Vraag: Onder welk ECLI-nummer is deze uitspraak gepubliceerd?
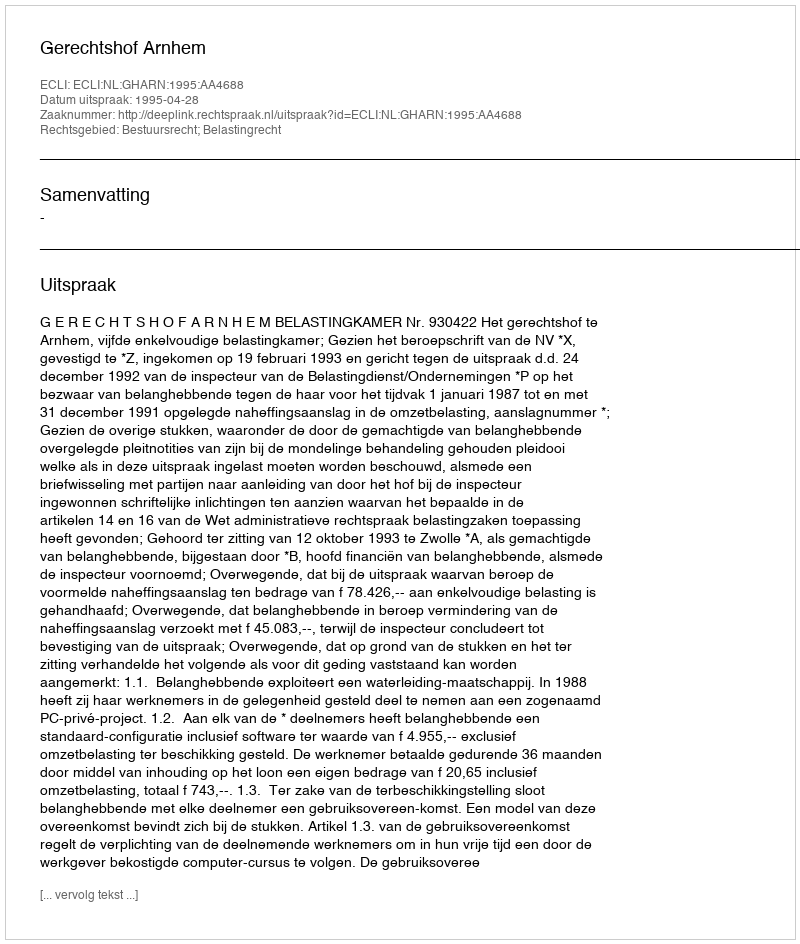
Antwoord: ECLI:NL:GHARN:1995:AA4688